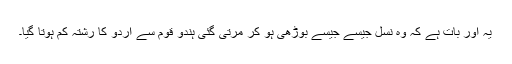
یہ اور بات ہے کہ وہ نسل جیسے جیسے بوڑھی ہو کر مرتی گئی ہندو قوم سے اردو کا رشتہ کم ہوتا گیا۔